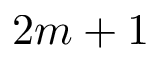
2 m + 1